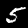
Digit: 5